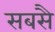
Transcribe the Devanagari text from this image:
सबसै